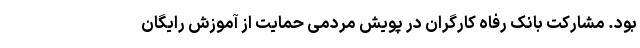
بود. مشارکت بانک رفاه کارگران در پویش مردمی حمایت از آموزش رایگان